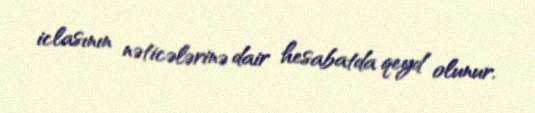
iclasının nəticələrinə dair hesabatda qeyd olunur.